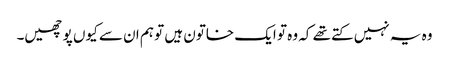
وہ یہ نہیں کتے تھے کہ وہ تو ایک خاتون ہیں تو ہم ان سے کیوں پوچھیں۔